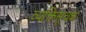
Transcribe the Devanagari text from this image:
व्यक्तिसूचक